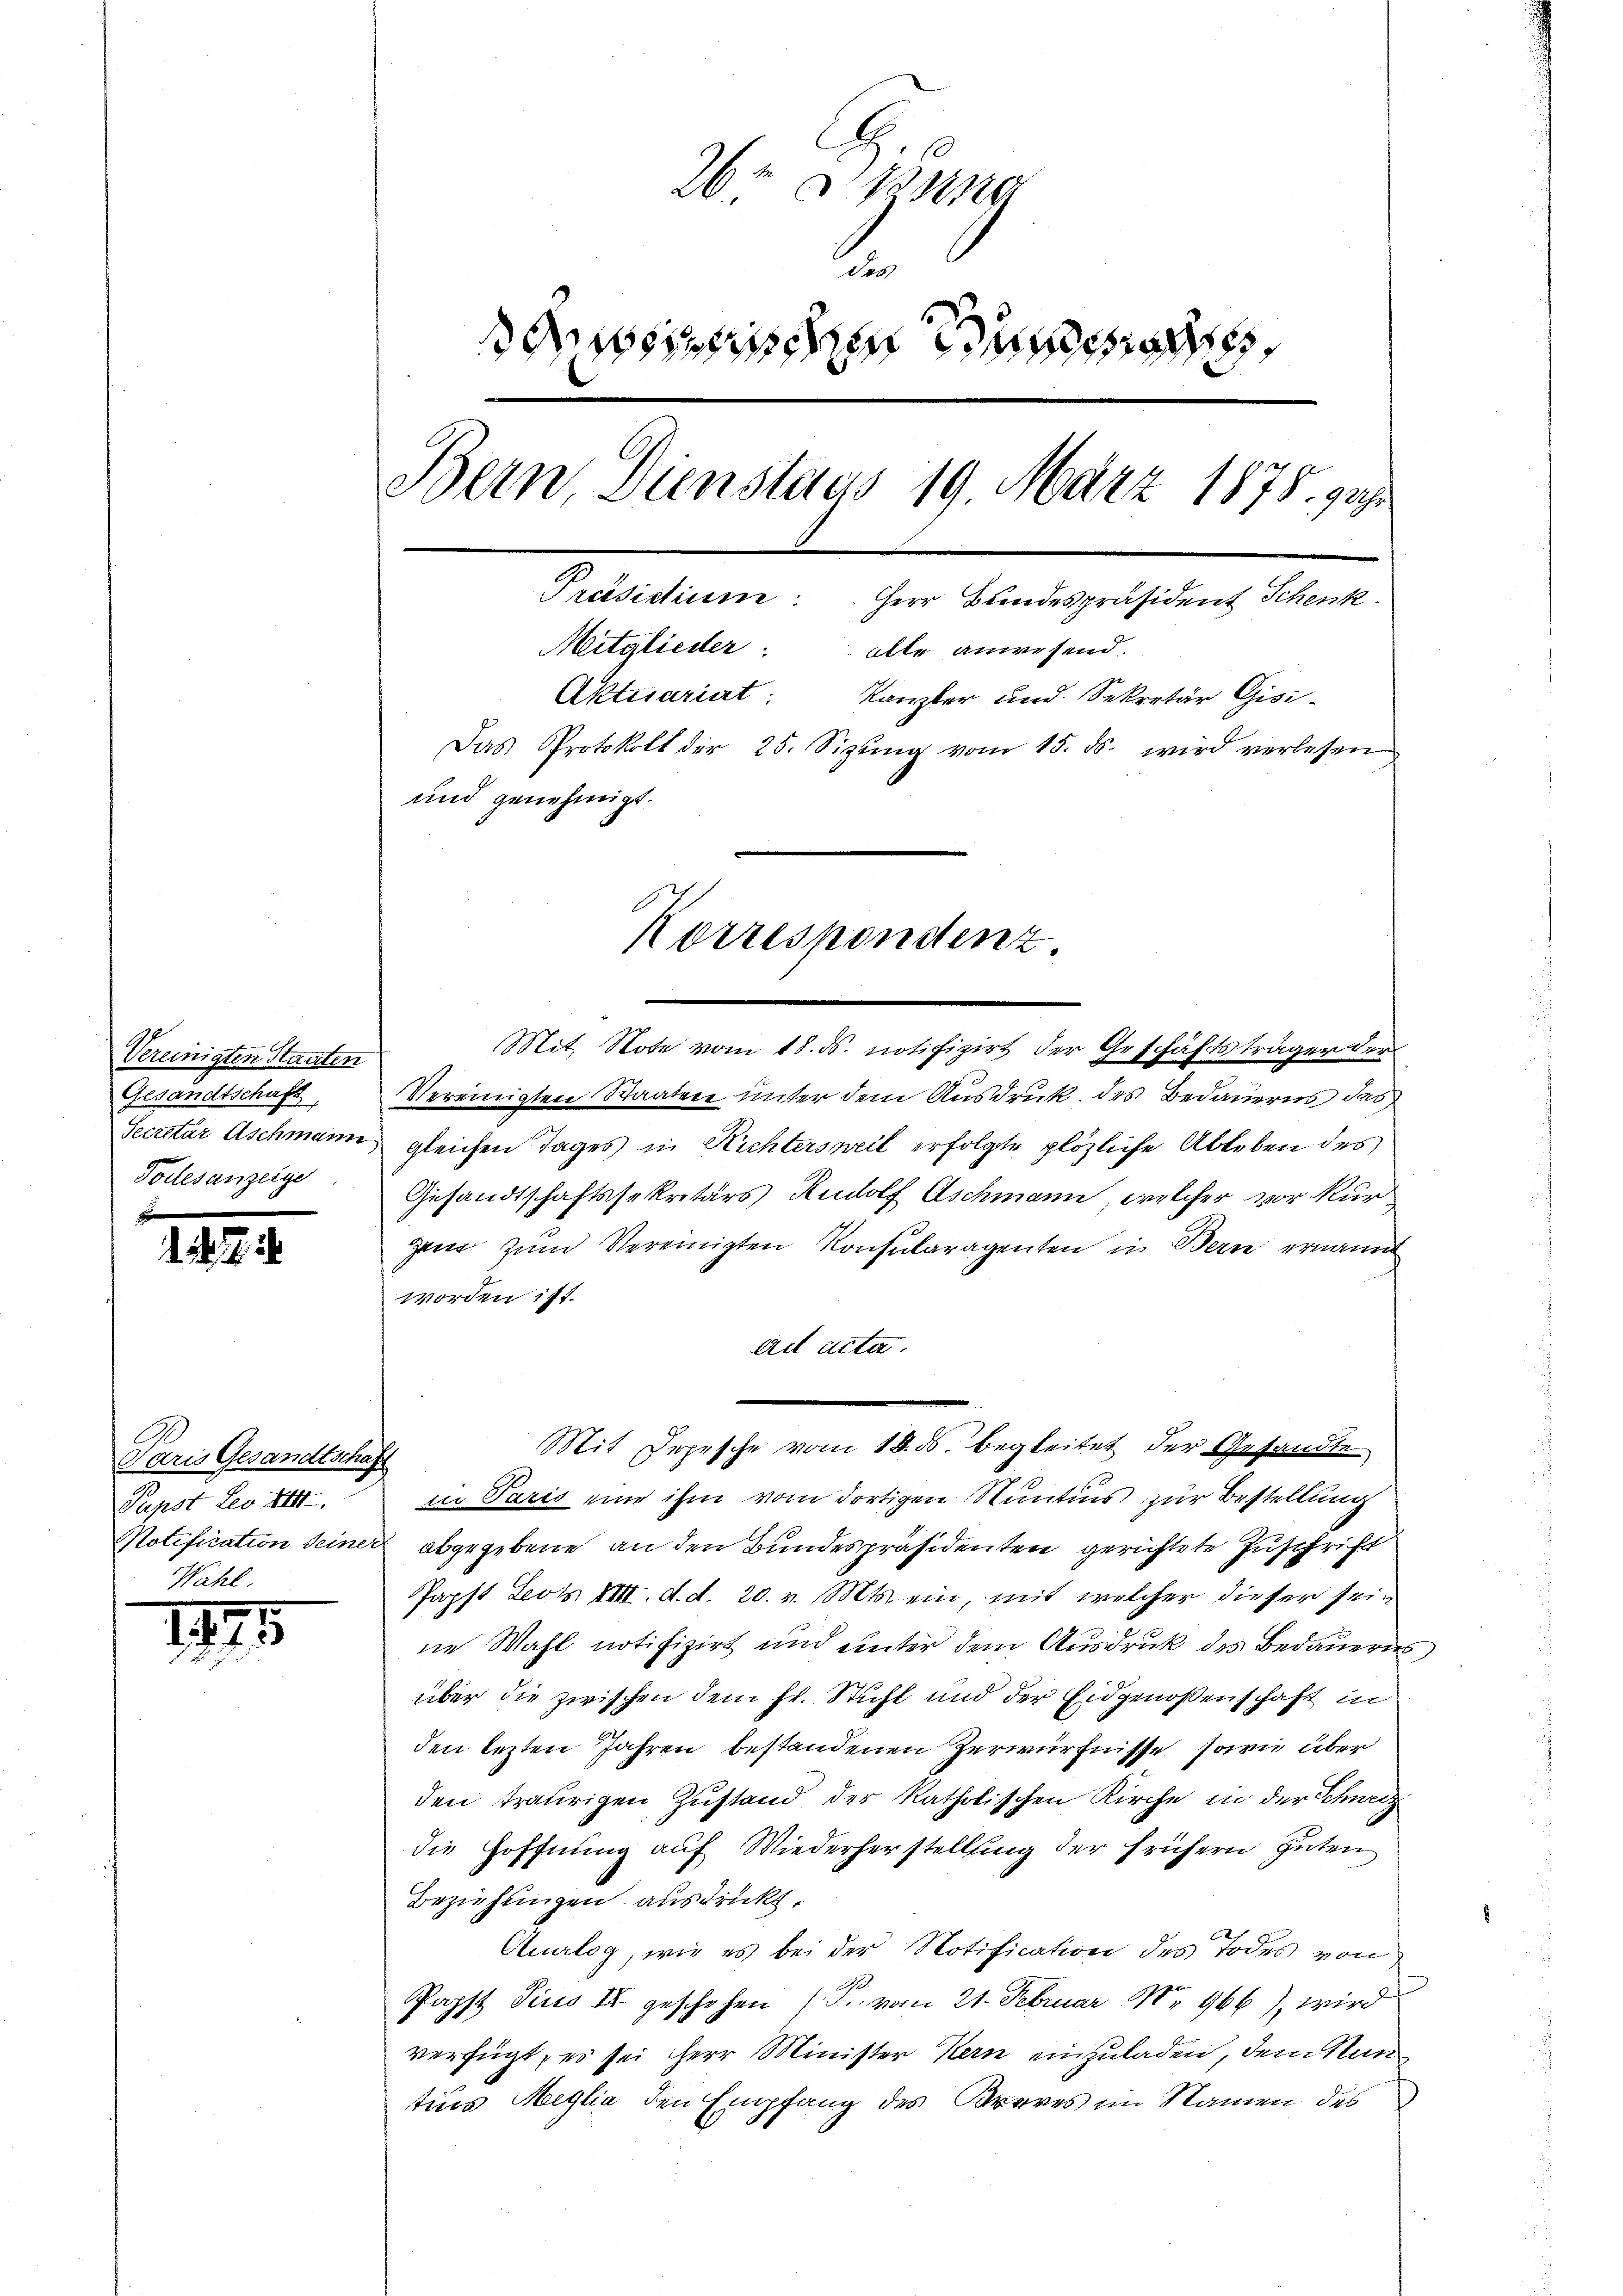
Vereinigten Staaten
Gesandtschaft,
Secretär Aschmann,
Todesanzeige

Paris Gesandtschaft
Papst Leo. XIII.
Wahl.

d

5

26t  sin
des
sizerischen un
Bern Dienstaus 19. März 1875. ger
Präsistium. Herr Bundespräsident Schenk
Mitglieder: alle anwesend.
Aktuariat: Kanzler und Sekretär Gisi-
Das Protokoll der 25. Sizŭng vom 15. ds. wird verlesen
und genehmigt.
Korrespondenz.

Mit Note vom 18. ds. notifizirt der Geschäftsträger der
Vereinigten Staaten unter dem Ausdruck des Bedauerns das
gleichen Tages in Richtersweil erfolgte plözliche Ableben des
Gesandtschaftssekretärs Rudolf Aschmann, welcher vor kurzen. Zum Vereinigten Konsularagenten in Bern ernannt
worden ist.
ad acta.
in Paris eine ihm vom dortigen Muntius zur Bestellung
Notification seiner abgegebene an den Bundespräsidenten gerichtete Zuschrift
Popft Lors VIII. d. d. 20. v. Mts. ein, mit welcher dieser seine Wahl notifizirt und unter dem Ausdruck des Bedauerin
über die zwischen dem Fr. Stuhl und der Eidgenoßenschaft in
den lezten Jahren bestandenen Zerwürfnisse, sowie über
den traurigen Zustand der katholischen Kirche in der Schweiz
die Hoffnung auf Wiederherstellung der frühern guten
Beziehungen ausdrückt.
Analog, wie es bei der Notification des Todes von
Papst Pius IV. geschehen (Pr. von 21. Februar No 966), wird
verfügt, es sei Herr Minister Kern einzuladen, dem Nun
tius Meglia den Empfang des Braves im Namen des

Mit Depesche vom 18. ds. begleitet der Gesandte